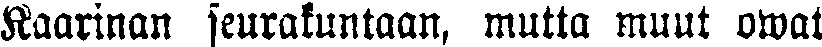
Kaarinan seurakuntaan, mutta muut owat